Report on vaccination North-West Frontier Province 1904-1922 - 1904-1922
Year: 1904
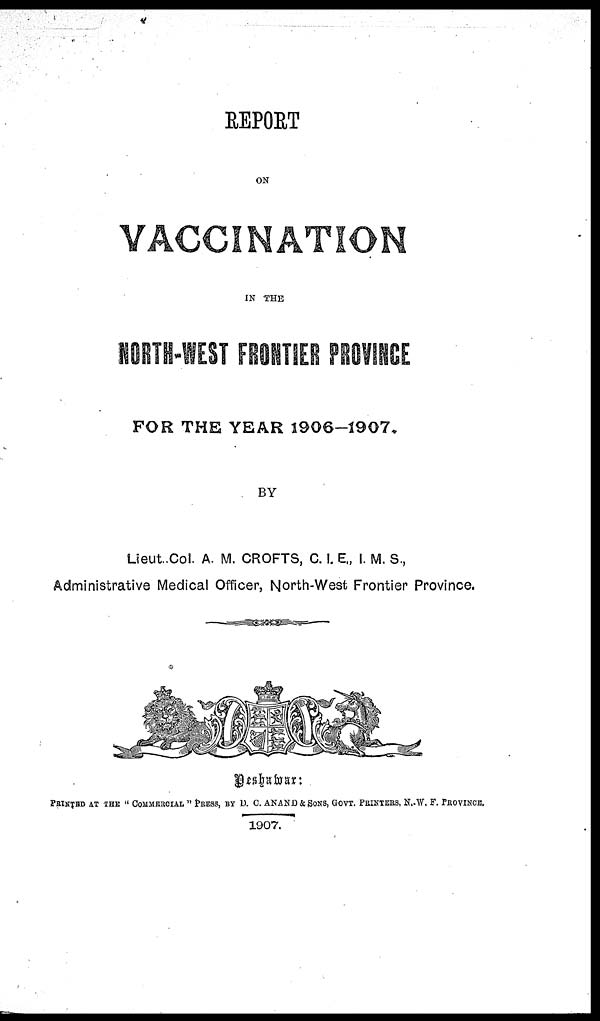
REPORT
ON
VACCINATION
IN THE
NORTH-WEST FRONTIER PROVINCE
FOR THE YEAR 1906-1907.
BY
Lieut.Col. A. M. CROFTS, C. I. E., I. M. S.,
Administrative Medical Officer, North-West Frontier Province.
Peshawar:
PRINTED AT THE " COMMERCIAL ” PRESS, BY D. C. ANAND & SONS, GOVT. PRINTERS, N.-W. F. PROVINCE.
1907.